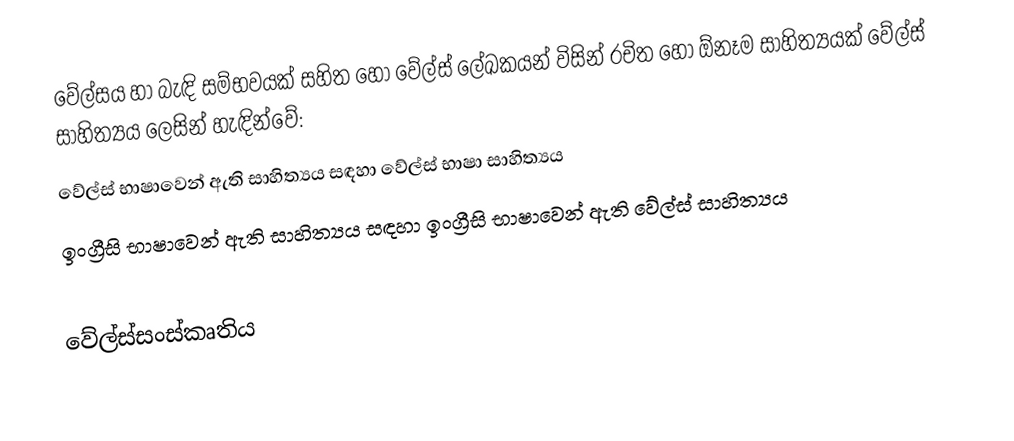
වේල්සය හා බැඳි සම්භවයක් සහිත හෝ වේල්ස් ලේඛකයන් විසින් රචිත හෝ ඕනෑම සාහිත්‍යයක් වේල්ස් සාහිත්‍යය ලෙසින් හැඳින්වේ:
වේල්ස් භාෂාවෙන් ඇති සාහිත්‍යය සඳහා වේල්ස් භාෂා සාහිත්‍යය
ඉංග්‍රීසි භාෂාවෙන් ඇති සාහිත්‍යය සඳහා ඉංග්‍රීසි භාෂාවෙන් ඇති වේල්ස් සාහිත්‍යය

වේල්ස්සංස්කෘතිය